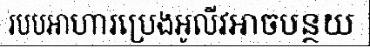
របបអាហារប្រេងអូលីវអាចបន្ថយ